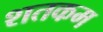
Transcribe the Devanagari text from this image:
शतकम